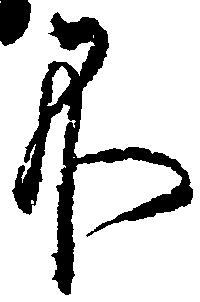
不